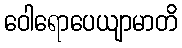
ဝေါရောပေယျာမာတိ